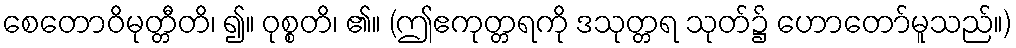
စေတောဝိမုတ္တီတိ၊ ၍။ ဝုစ္စတိ၊ ၏။ (ဤဧကုတ္တရကို ဒသုတ္တရ သုတ်၌ ဟောတော်မူသည်။)